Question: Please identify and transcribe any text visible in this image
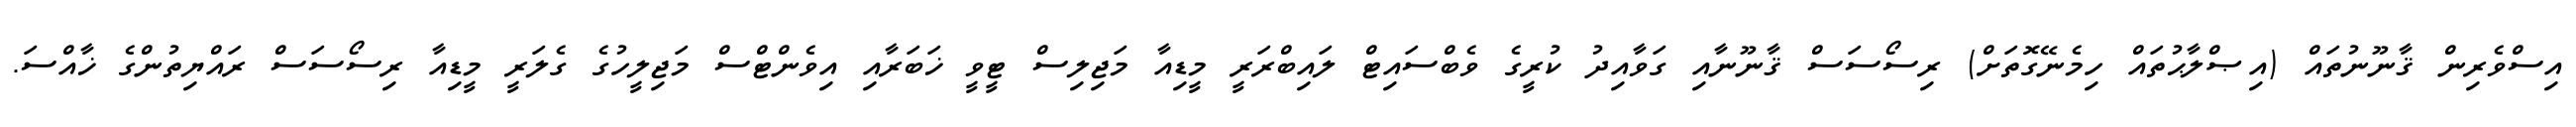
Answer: އިސްވެރިން ޤާނޫނުތައް (އިޞްލާޙުތައް ހިމެނޭގޮތަށް) ރިސޯސަސް ޤާނޫނާއި ގަވާއިދު ކުރީގެ ވެބްސައިޓް ލައިބްރަރީ މީޑިއާ މަޖިލިސް ޓީވީ ޚަބަރާއި އިވެންޓްސް މަޖިލީހުގެ ގެލަރީ މީޑިއާ ރިސޯސަސް ރައްޔިތުންގެ ޚާއްސަ.